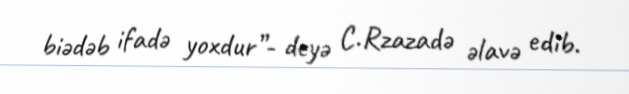
biədəb ifadə yoxdur”- deyə C.Rzazadə əlavə edib.